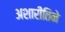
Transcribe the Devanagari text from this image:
अशारीतिने